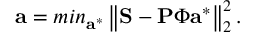
\mathbf { a } = m i n _ { \mathbf { a } ^ { * } } \left\lVert \mathbf { S } - \mathbf { P } \boldsymbol { \Phi } \mathbf { a } ^ { * } \right\rVert _ { 2 } ^ { 2 } .